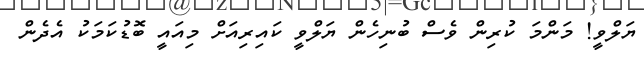
ޔަލްވީ! މަންމަ ކުރިން ވެސް ބުނިހެން ޔަލްވީ ކައިރިއަށް މިއައީ ބޮޑުކަމަކު އެދެން